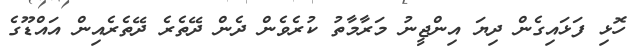
ހޮޅި ފަޅައިގެން ދިޔަ އިންޖީނު މަރާމާތު ކުރެވެން ދެން ދޭތެރެ ދޭތެރެއިން އައްޑޫގެ